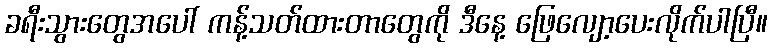
ခရီးသွားတွေအပေါ် ကန့်သတ်ထားတာတွေကို ဒီနေ့ ဖြေလျော့ပေးလိုက်ပါပြီ။